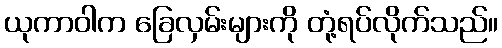
ယုကာဝါက ခြေလှမ်းများကို တုံ့ရပ်လိုက်သည်။